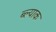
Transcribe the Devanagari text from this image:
ब्ल्याक